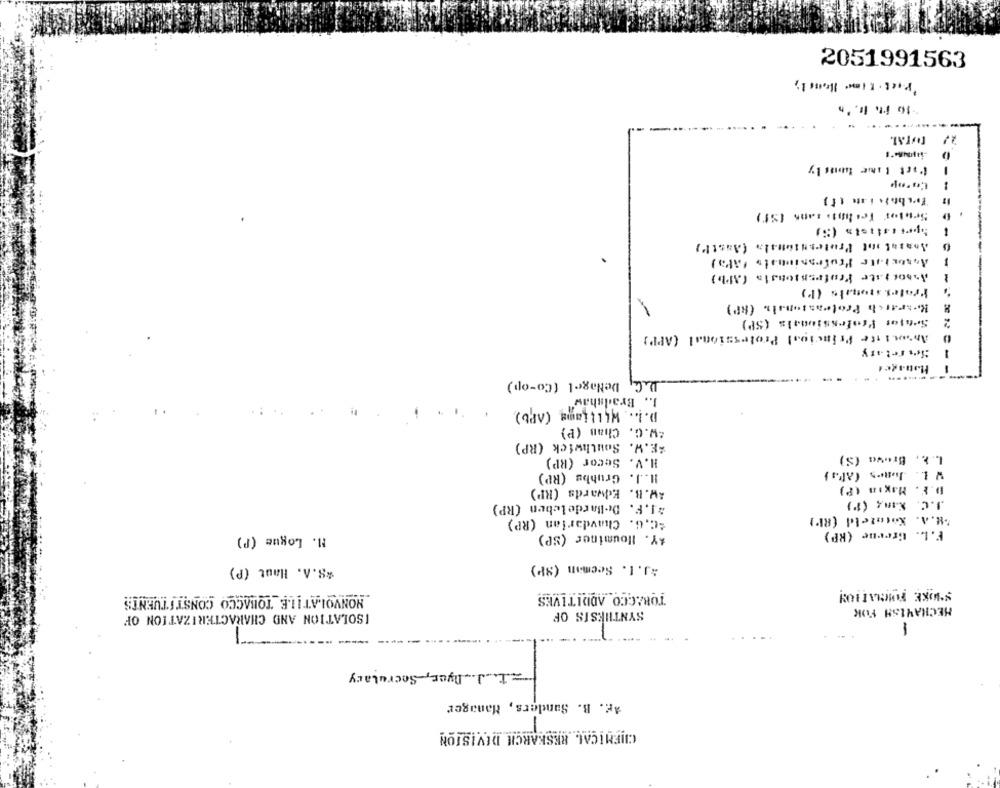
2051991563
to it Is.'n
Part time tunis by
-
Soubor Too hot> sans (Sf)
Anasat int Professionals (Anstr)
-
.
Associate Profrazionato PAPa)
Associate Profrassonsia (Ab)
-
Protes aromais (Po)
Research Professionals (RP)
Seatos Professionals (SP)
Antoni tte Princioal Professional (APP)
Seeretary
L.G DeNagel (Co-op)
J ., Bradshaw"
D.L .. Williams (APb),
-W.C. Chan (P)
*E.W. Southwick (RP)
L. A .. Brava (S)
H.V. Secor (RP)
V 1. Jua.s (Als )
H.J. Grubbe (RP)
AW.B. Edwards (RP)
D.Y. Maxın (P)
J.C. Xan4 (P)
*I.F. DeBardeleben (RP)
-C.G. Chavdarian (RP)
MH.A. Kommteld (RP)
M. Logue (P)
*Y. Houminer (SP)
F.L. Greene (RP)
*J.1. Seeman (SP)
*S.A. Haut (P)
NONVOLATILE_TOBACCO CONSTITUENTS
TOBACCO ADDITIVES
HECHAWISH FOR
ISOLATION AND CHARACTERIZATION OF
SYNTHESIS OF
1
-
=L. J.Ayer, Secretary
Ar. B. Sanders, Manager
CHEMICAL RESEARCH DEVISION